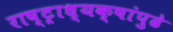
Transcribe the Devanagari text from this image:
राष्ट्राध्यक्षांपुढे